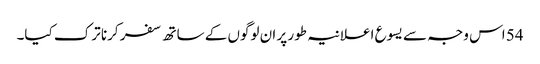
54 اس وجہ سے یسوع اعلانیہ طور پر ان لوگوں کے ساتھ سفر کرنا ترک کیا۔